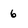
Character: 6